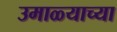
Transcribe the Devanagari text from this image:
उमाळ्याच्या